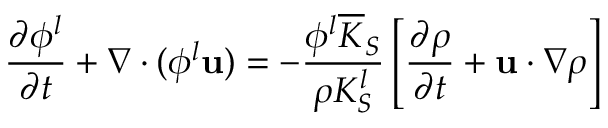
\frac { \partial \phi ^ { l } } { \partial t } + \nabla \cdot ( \phi ^ { l } \mathbf { u } ) = - \frac { \phi ^ { l } \overline { { K } } _ { S } } { \rho K _ { S } ^ { l } } \left[ \frac { \partial \rho } { \partial t } + \mathbf { u } \cdot \nabla \rho \right]